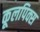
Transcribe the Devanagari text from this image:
कूलपिक्स